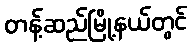
တန့်ဆည်မြို့နယ်တွင်